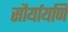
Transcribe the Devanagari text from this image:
सौर्यायणि